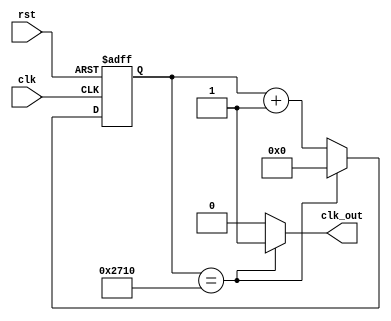
`timescale 1ns / 1ps

module counter(
    input clk,
    input rst,
    output clk_out
    );
    parameter period = 14'd10000;
    reg [13:0] cnt_1;
    always @ (posedge clk or posedge rst) 
        if(rst)
            cnt_1 <= period;
        else if(cnt_1 == period )
            cnt_1 <= 14'd0;
        else cnt_1 <= cnt_1 + 1'b1;
        
    assign clk_out = cnt_1 == period ? 1'b1 : 1'b0;
endmodule